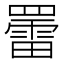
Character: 䍣